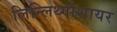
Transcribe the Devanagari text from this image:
लिन्लिथ्गोशायर